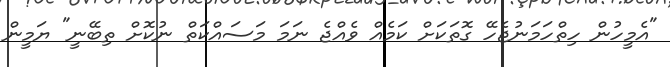
"އެމީހުން ހިތްހަމަނުޖެހޭ ގޮތަކަށް ކަމެއް ވެއްޖެ ނަމަ މަސައްކަތް ނުކޮށް ތިބޭނީ" ޔަމީން